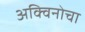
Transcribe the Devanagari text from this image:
अक्विनोचा